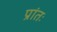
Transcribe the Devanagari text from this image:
प्रांतः